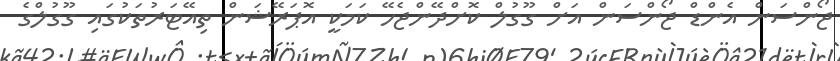
ޖޯންސަން އެންޑް ޖޯންސަން އަށް ގޫގުލް ކޮށްދޭންޖެހޭ ކަމަކީ އޮޕަރޭޝަން ތިއޭޓަރުތަކުގައި ގޫގުލްގެ